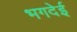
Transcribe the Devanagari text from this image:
भगदेई